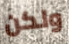
ولكن